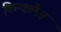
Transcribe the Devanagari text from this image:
किन्कलैज़